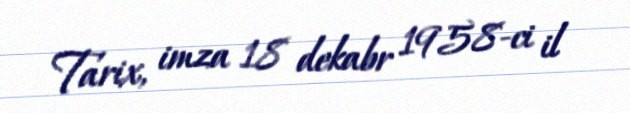
Tarix, imza 18 dekabr 1958-ci il